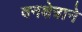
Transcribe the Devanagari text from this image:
वनक्षेत्राने